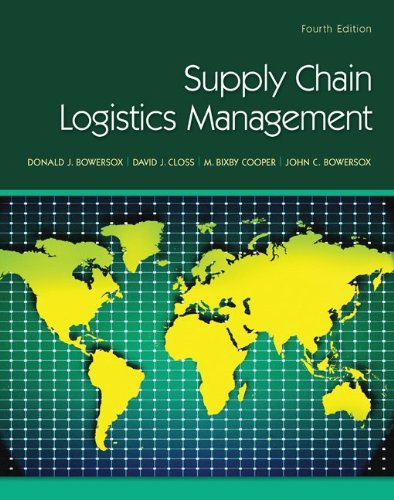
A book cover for Supply Chain Logistics Management; Donald Bowersox; Business & Money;